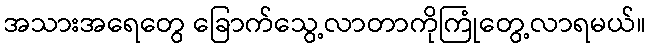
အသားအရေတွေ ခြောက်သွေ့လာတာကိုကြုံတွေ့လာရမယ်။